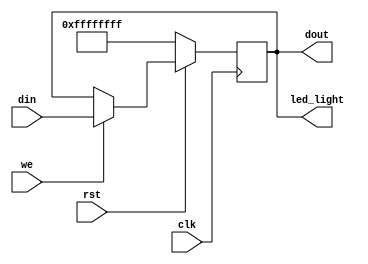
`timescale 1ns / 1ps
//////////////////////////////////////////////////////////////////////////////////
// Company: 
// Engineer: 
// 
// Design Name: 
// Module Name:    led32 
// Project Name: 
// Target Devices: 
// Tool versions: 
// Description: 
//
// Dependencies: 
//
// Revision: 
// Revision 0.01 - File Created
// Additional Comments: 
//
//////////////////////////////////////////////////////////////////////////////////
module led32(
	input we,
	input clk,
	input rst,
	input [31:0] din,
	output [31:0] dout,
	output [31:0] led_light
    );
	 reg[31:0] ctr;
	 wire [31:0] ctrwi;
	 assign ctrwi = (we)?din:ctr;
	 assign dout = ctr;
	 assign led_light = ctr;
	 always@(posedge clk)begin
		if(!rst)
			ctr<=32'hffffffff;
		else 
			ctr<= ctrwi;
	 end
	 


endmodule